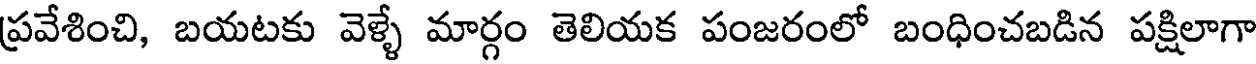
ప్రవేశించి, బయటకు వెళ్ళే మార్గం తెలియక పంజరంలో బంధించబడిన పక్షిలాగా